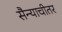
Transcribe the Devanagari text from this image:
सैन्याचीतर